Leningradi_Edasi_toimetus, lk 30
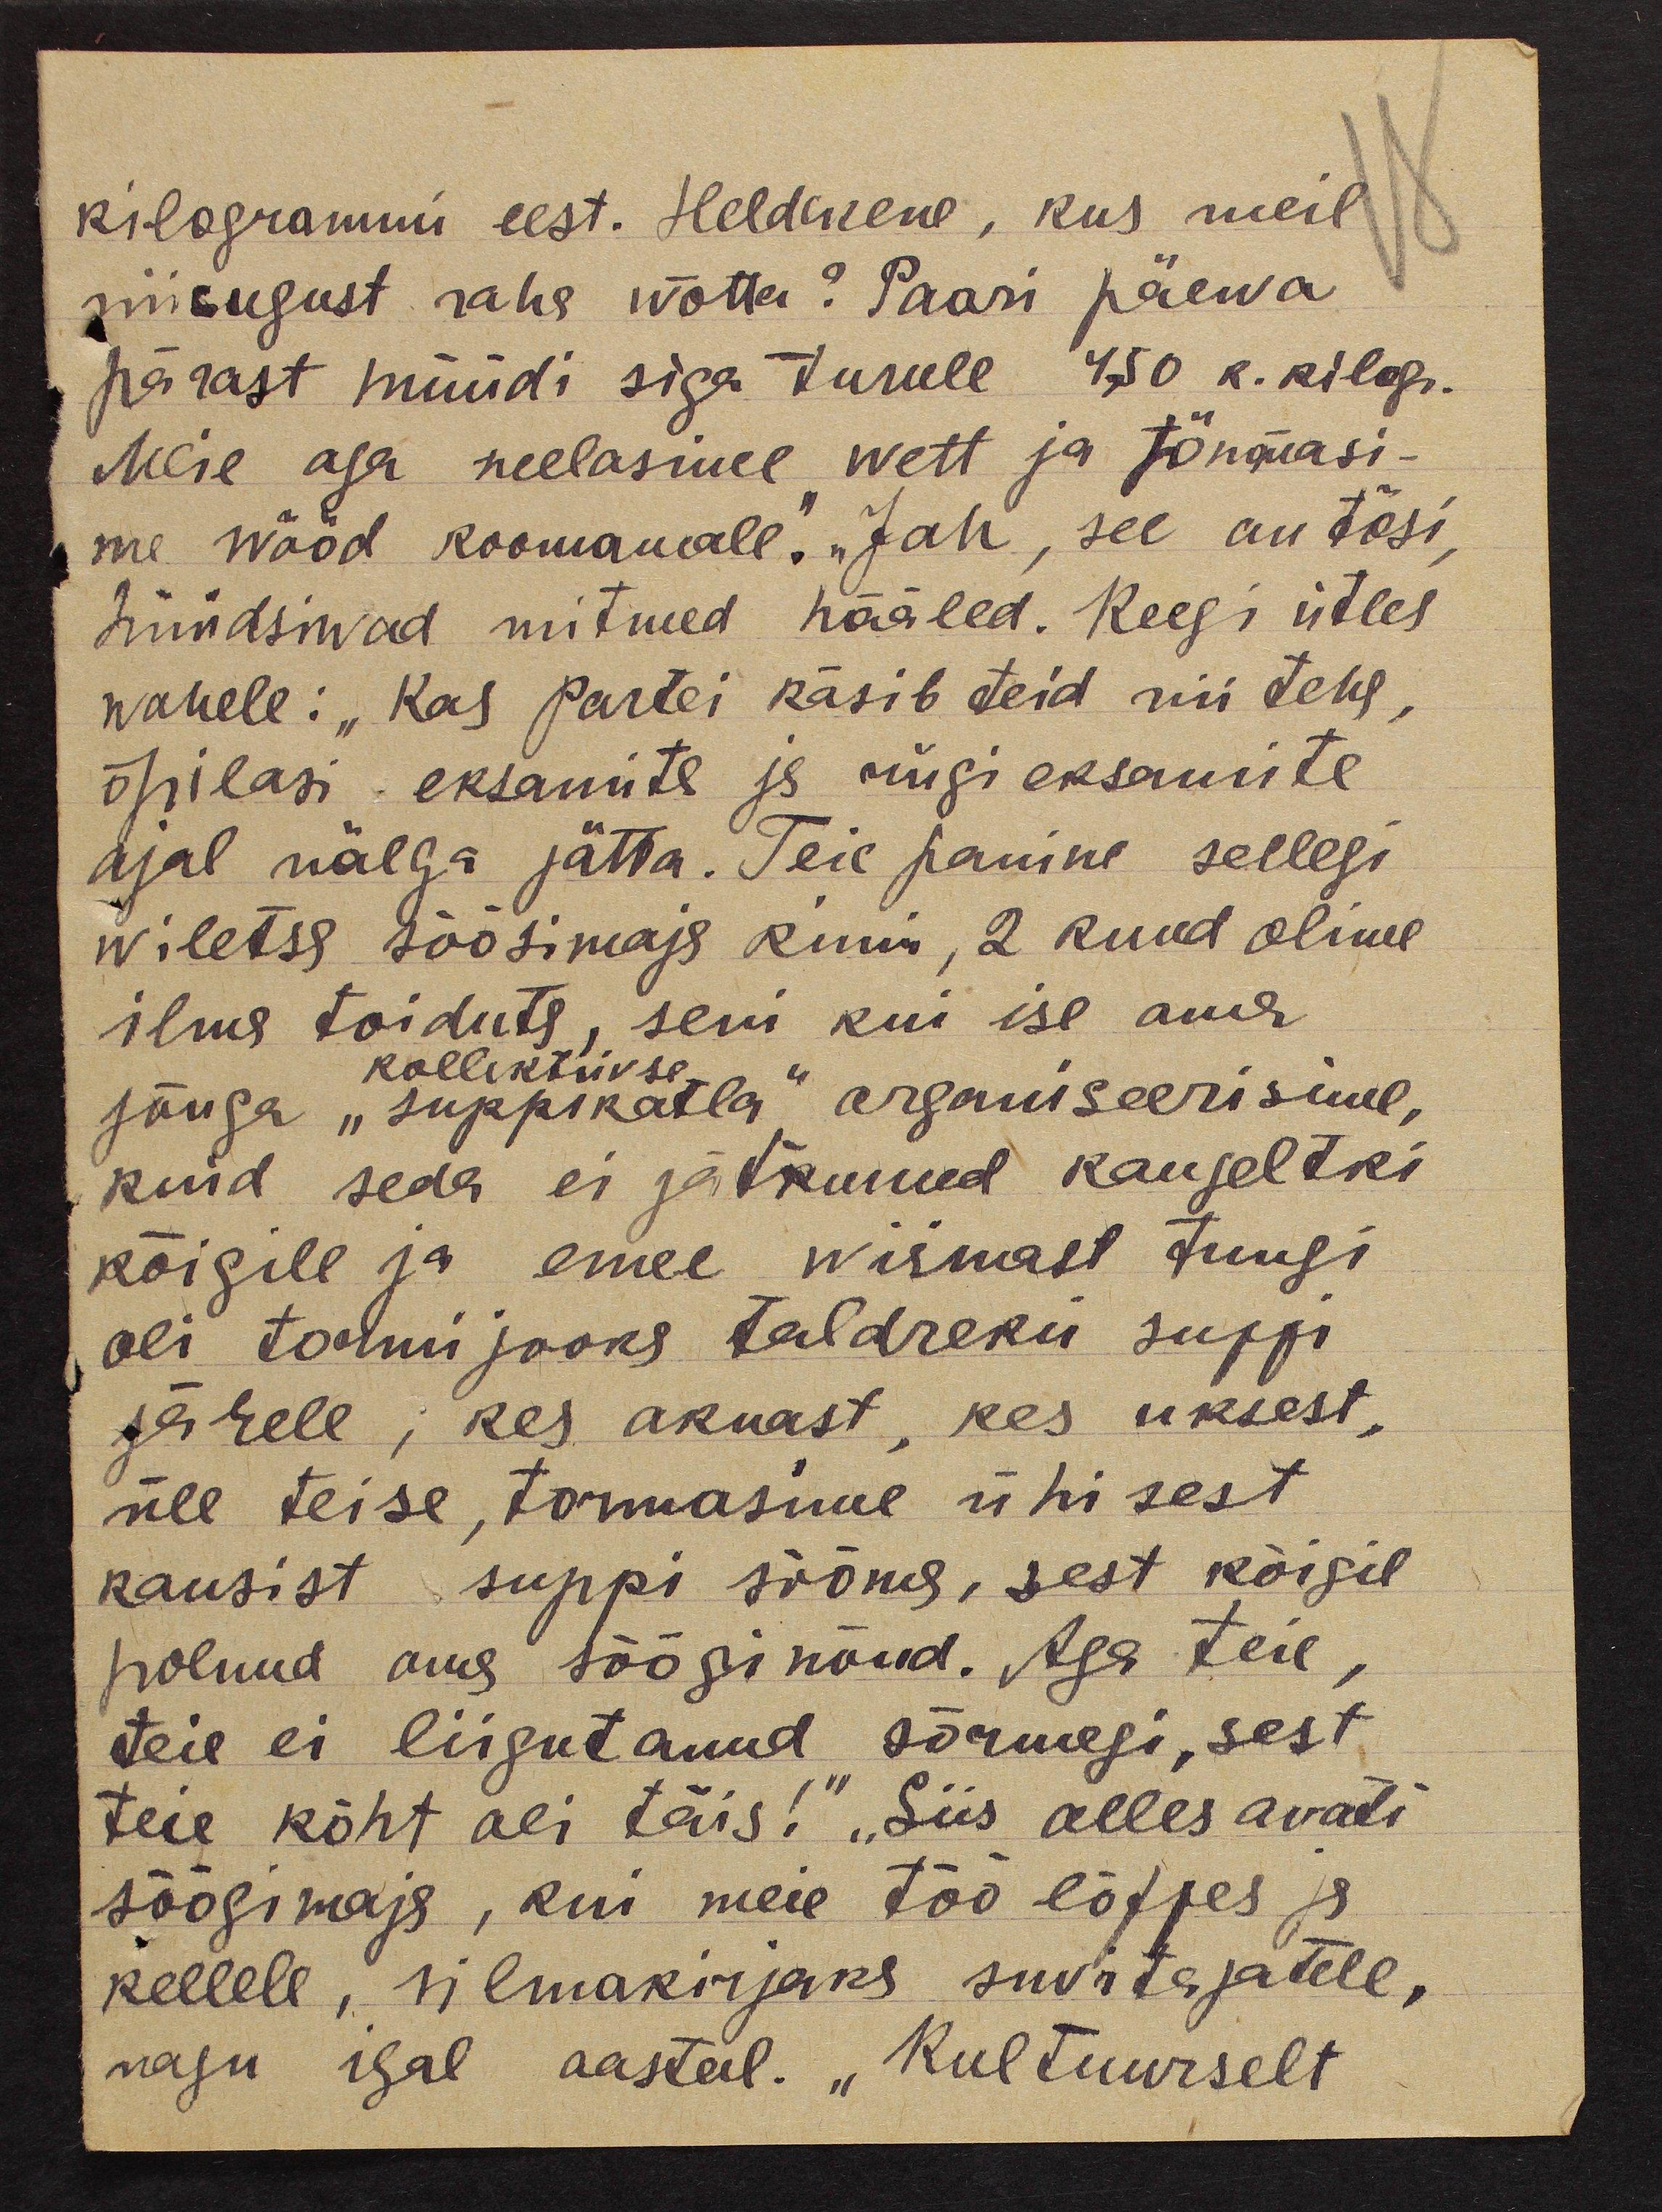
kilogrammi eest. Heldekene, kus meil
niisugust raha wõtta? Paari päewa
pärast müüdi siga turule 4,50 r. kilogr.
Meie aga neelasime wett ja tõmmasi-
me wööd koomamale." „Jah, see on tõsi,
hüüdsiwad mitmed hääled. Keegi ütles
wahele: "Kas Partei käsib teid nii teha,
õpilasi eksamite ja riigi eksamite
ajal nälga jätta. Teie panine sellegi
wiletsa söögimaja kinni, 2 kuud olime
ilma toiduta, seni kui ise oma
kollektiivse
jõuga "suppikatla" organiseerisime,
kuid seda ei jätkunud kaugeltki
kõigile ja enne wiimast tungi
oli tormijooks taldreku suppi
järele; kes aknast, kes uksest,
üle teise, tormasime ühisest
kausist suppi sööma, sest kõigil
polnud oma sööginõud. Aga teie,
teie ei liigutanud sõrmegi, sest
teie kõht oli täis!" „Siis alles avati
söögimaja, kui meie töö lõppes ja
kellele, silmakirjaks suvitajatele,
nagu igal aastal. "Kultuurselt